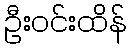
ဦးဝင်းထိန်